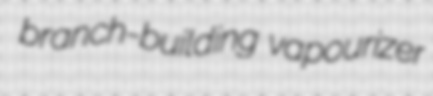
branch-building vapourizer